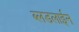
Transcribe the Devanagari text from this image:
ब्लडलाईन